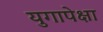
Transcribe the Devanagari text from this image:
युगापेक्षा